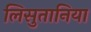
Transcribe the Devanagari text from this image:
लिसुतानिया